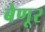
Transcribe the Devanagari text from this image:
बेणूर